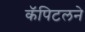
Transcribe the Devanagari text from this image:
कॅपिटलने